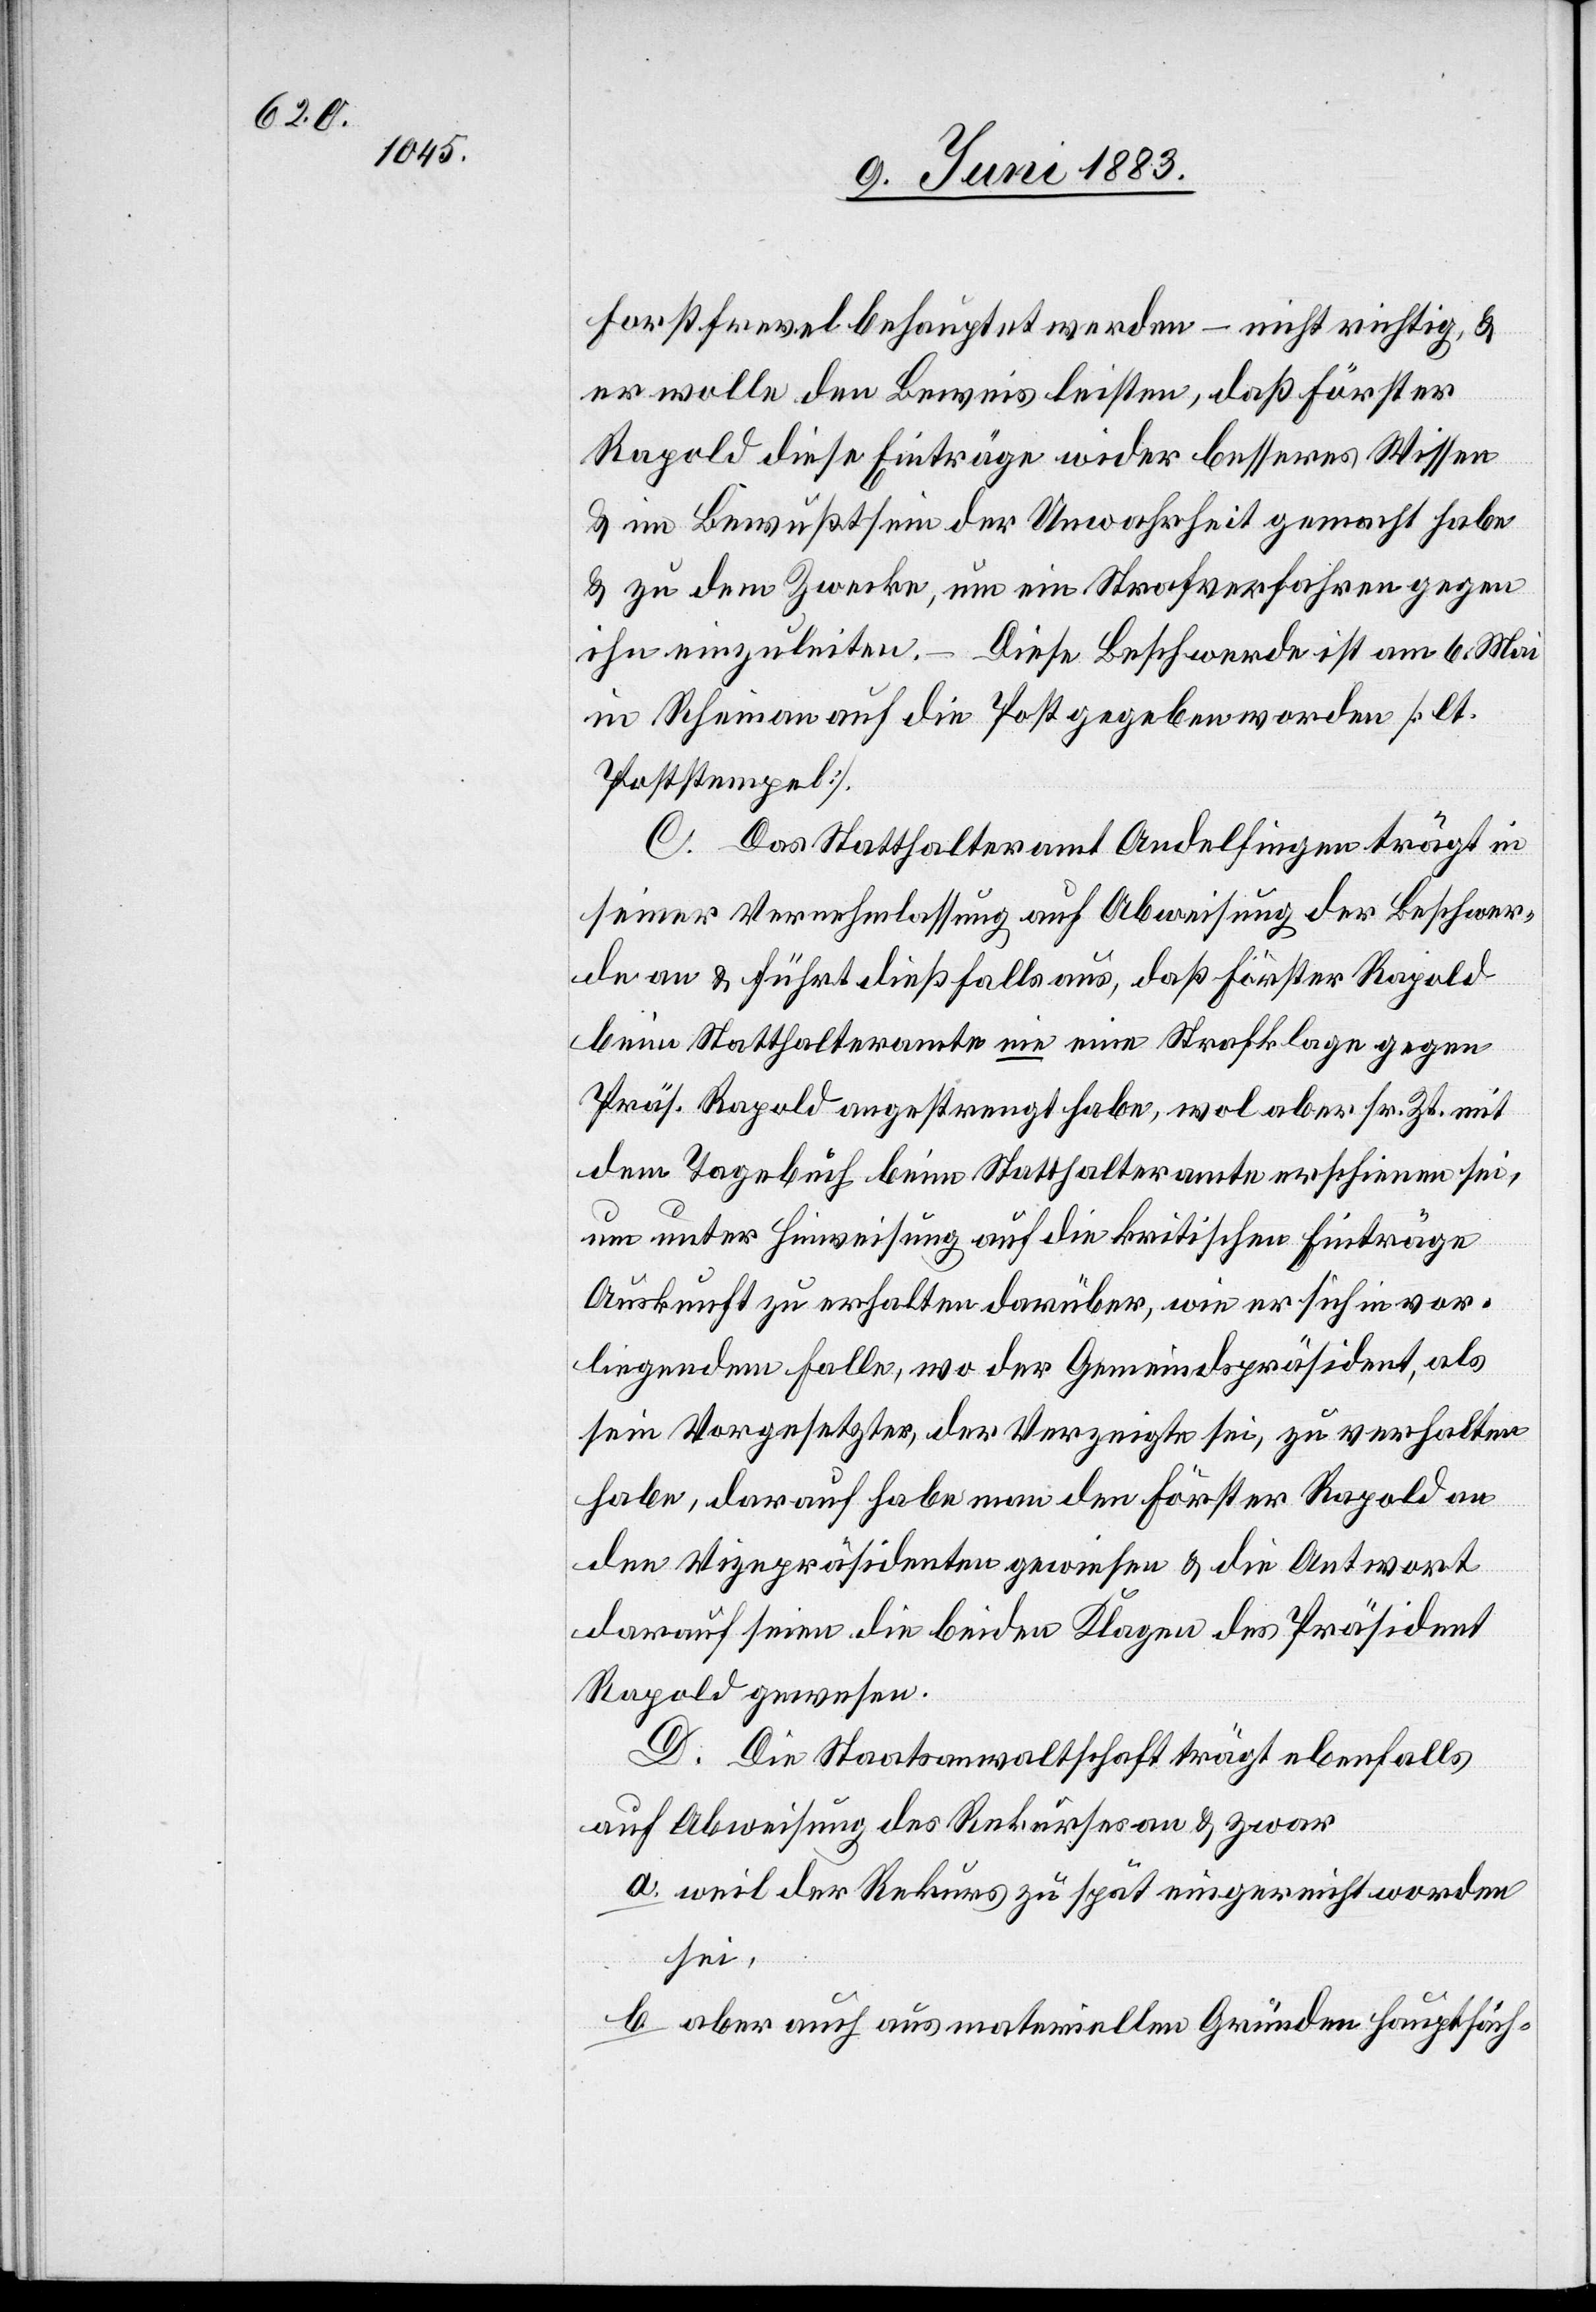
Forstfrevel behauptet werden – nicht richtig, &
er wolle den Beweis leisten, daß Förster
Rapold diese Einträge wider besseres Wissen
& im Bewußtsein der Unwahrheit gemacht habe
& zu dem Zwecke, um ein Strafverfahren gegen
ihn einzuleiten. – Diese Beschwerde ist am 6. Mai
in Rheinau auf die Post gegeben worden [lt.
Poststempel].
C. Das Statthalteramt Andelfingen trägt in
seiner Vernehmlassung auf Abweisung der Beschwer¬
de an & führt dießfalls aus, daß Förster Rapold
beim Statthalteramt nie eine Strafklage gegen
Präs. Rapold angestrengt habe, wol aber sr. Zr. mit
dem Tagebuch beim Statthalteramte erschienen sei,
um unter Hinweisung auf die kritischen Einträge
Auskunft zu erhalten darüber, wie er sich in vor¬
liegendem Falle, wo der Gemeindspräsident, als
sein Vorgesetzter, der Verzeigte sei, zu verhalten
habe, darauf habe man den Förster Rapold an
den Vizepräsidenten gewiesen & die Antwort
darauf seien die beiden Klagen des Präsident
Rapold gewesen.
D. Die Staatsanwaltschaft trägt ebenfalls
auf Abweisung des Rekurses an & zwar
a. weil der Rekurs zu spät eingereicht worden
sei,
b. aber auch aus materiellen Gründen hauptsäch-